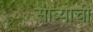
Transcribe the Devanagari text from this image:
साब्याची